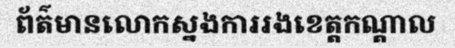
ព័ត៌មានលោកស្នងការរងខេត្តកណ្តាល